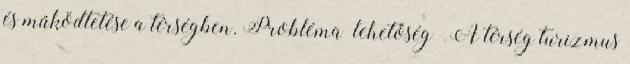
és működtetése a térségben. Probléma lehetőség ▪A térség turizmus